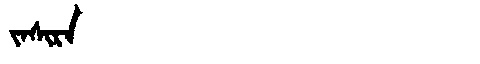
Manchu: ᠵᠠᠰᡳᡵᠠ
Romanization: JASIRA